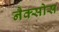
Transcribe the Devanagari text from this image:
नैक्सोस